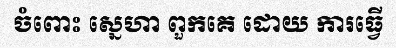
ចំពោះ ស្នេហា ពួកគេ ដោយ ការធ្វើ